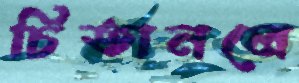
চিতানলে